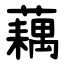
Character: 藕